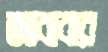
আবাবার